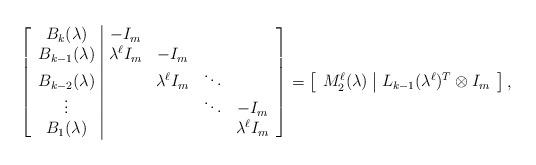
LaTeX: \begin{align*}\left[\begin{array}{c|cccc}B_k(\lambda) & -I_m \\B_{k-1}(\lambda) & \lambda^\ell I_m & -I_m \\B_{k-2}(\lambda) & & \lambda^\ell I_m & \ddots \\\vdots & & & \ddots & -I_m \\B_1(\lambda) & & & & \lambda^\ell I_m\end{array}\right]= \left[ \begin{array}{c|c} M_2^\ell(\lambda) & L_{k-1}(\lambda^\ell)^T\otimes I_m\end{array}\right],\end{align*}